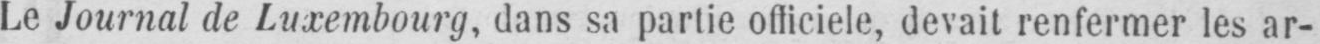
Le Journal de Luxembourg, dans sa partie officiele, devait renfermer les ar-